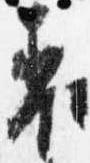
表